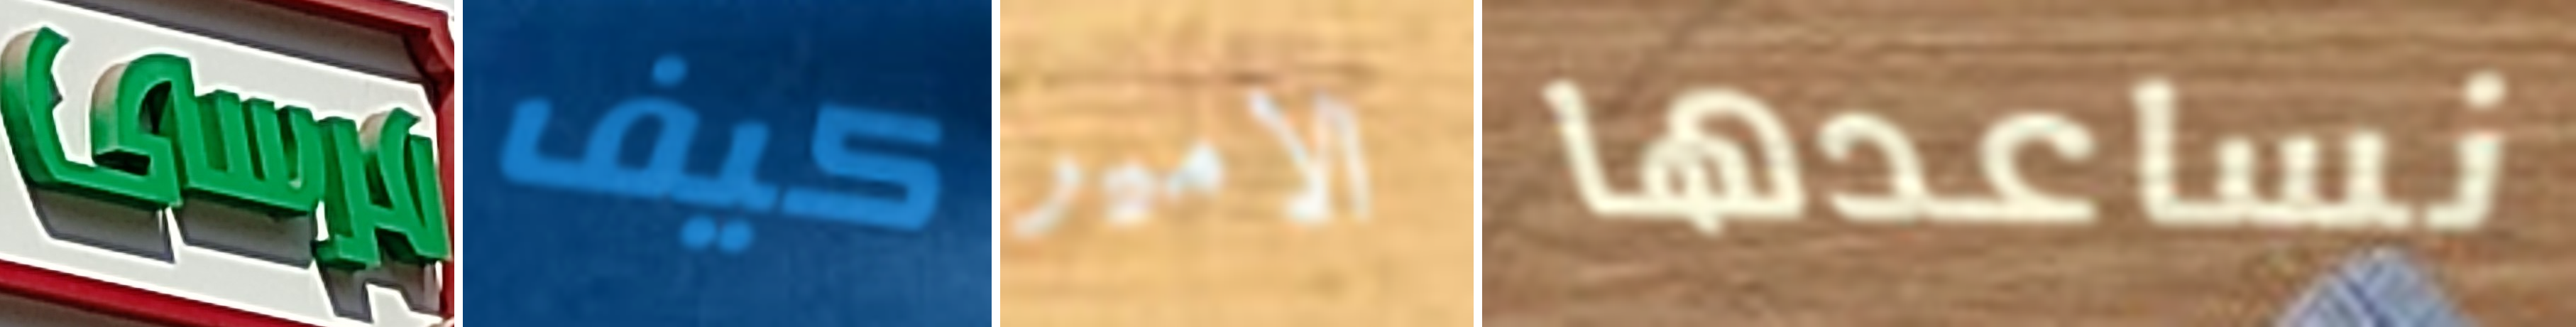
مرسى كيف الامير نساعدها